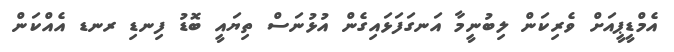
އެމްޑީޕީއަށް ވެރިކަން ލިބުނީމާ އަނގަފަޅައިގެން އުޅުނަސް ތިޔައީ ބޮޑު ފިނޑި ރނޑ އެއްކަން